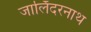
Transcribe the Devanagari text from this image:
जालिँदरनाथ